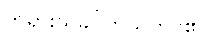
ဘုရားသခင်ကိုယ်တိုင်၏